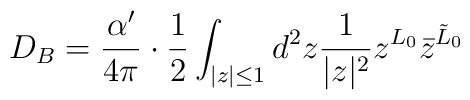
D_B = {{\alpha'} \over {4\pi}} \cdot {1 \over 2}       \int_{|z| \le 1} d^2z {1 \over {|z|^2}}       z^{L_0} {\bar z}^{{\tilde L}_0}